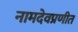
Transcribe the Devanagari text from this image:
नामदेवप्रणीत